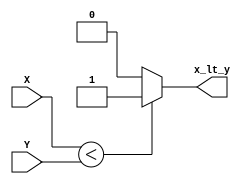
`timescale 1ns / 1ps
//////////////////////////////////////////////////////////////////////////////////
// Company: 
// Engineer: 
// 
// Design Name: 
// Module Name:    less_than 
// Project Name: 
// Target Devices: 
// Tool versions: 
// Description: It just works.
//
// Dependencies: 
//
// Revision: 
// Revision 0.01 - File Created
// Additional Comments: 
//
//////////////////////////////////////////////////////////////////////////////////
module less_than(X, Y, x_lt_y);

input [7:0] X;
input [7:0] Y;

output x_lt_y;

assign x_lt_y = (X < Y) ? 1'b1:1'b0;

endmodule